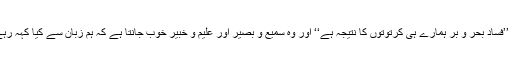
تو بات وہی ہے جو قرآن نے کہی ہے کہ یہ ’’فساد بحر و بر ہمارے ہی کرتوتوں کا نتیجہ ہے‘‘ اور وہ سمیع و بصیر اور علیم و خبیر خوب جانتا ہے کہ ہم زبان سے کیا کہہ رہے ہیں اور ہمارے دلوں میں کیا چھپا ہوا ہے۔